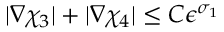
| \nabla \chi _ { 3 } | + | \nabla \chi _ { 4 } | \le C \epsilon ^ { \sigma _ { 1 } }